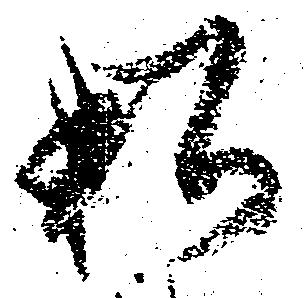
私